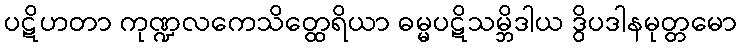
ပဋိဟတာ ကုဏ္ဍလကေသိတ္ထေရိယာ ဓမ္မပဋိသမ္ဘိဒါယ ဒွိပဒါနမုတ္တမော